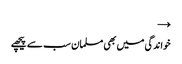
→
خواندگی میں بھی مسلمان سب سے پیچھے